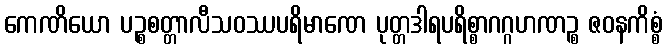
ကေဏိယော ပဉ္စစတ္တာလီသဝဿပရိမာဏေ ပုတ္တဒါရပရိစ္စာဂဂ္ဂဟဏဉ္စ ဇဝနကိစ္စံ